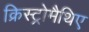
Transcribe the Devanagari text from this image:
क्रिस्ट्रोमैथिए